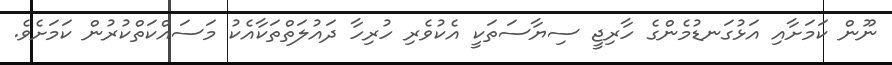
ނޫން ކަމަށާއި އަޅުގަނޑުމެންގެ ހާރިޖީ ސިޔާސަތަކީ އެކުވެރި ހުރިހާ ދައުލަތްތަކާއެކު މަސައްކަތްކުރުން ކަމަށެވެ.